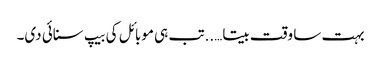
بہت سا وقت بیتا…..تب ہی موبائل کی بیپ سنائی دی۔